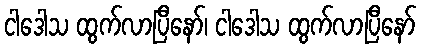
ငါဒေါသ ထွက်လာပြီနော်၊ ငါဒေါသ ထွက်လာပြီနော်